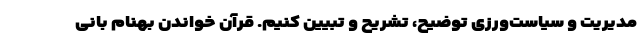
مدیریت و سیاست‌ورزی توضیح، تشریح و تبیین کنیم. قرآن خواندن بهنام بانی